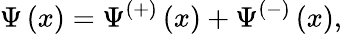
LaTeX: \Psi\left(x\right)=\Psi^{\left(+\right)}\left(x\right)+\Psi^{\left(-\right)}\left(x\right),